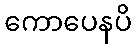
ကောပေနပိ